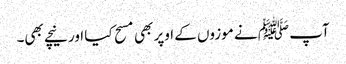
آپ ﷺ نے موزوں کے اوپر بھی مسح کیا اور نیچے بھی۔